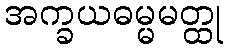
အက္ခယဓမ္မမတ္ထု